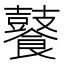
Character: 𮩑